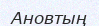
Ановтың